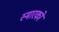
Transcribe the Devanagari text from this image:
स्मारको